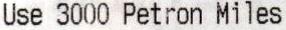
USE 3000 PETRON MILES